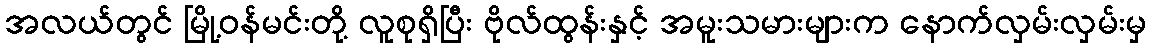
အလယ်တွင် မြို့ဝန်မင်းတို့ လူစုရှိပြီး ဗိုလ်ထွန်းနှင့် အမူးသမားများက နောက်လှမ်းလှမ်းမှ